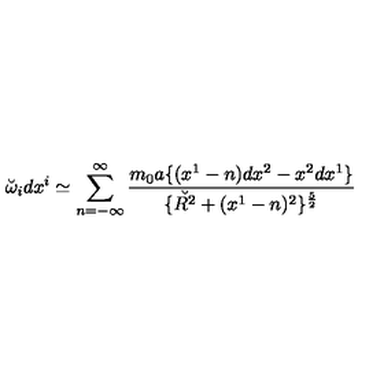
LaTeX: \breve { \omega } _ { i } d x ^ { i } \simeq \sum _ { n = - \infty } ^ { \infty } { \frac { m _ { 0 } a \{ ( x ^ { 1 } - n ) d x ^ { 2 } - x ^ { 2 } d x ^ { 1 } \} } { \{ \breve { R ^ { 2 } } + ( x ^ { 1 } - n ) ^ { 2 } \} ^ { \frac { 5 } { 2 } } } } \,